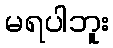
မရပါဘူး